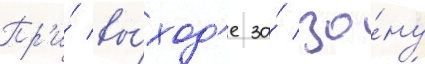
Пр'и́ вы́ход'е за́ зо́ну